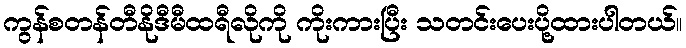
ကွန်စတန်တီနိုဒီမီထရီလိုကို ကိုးကားပြီး သတင်းပေးပို့ထားပါတယ်။